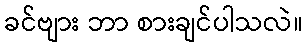
ခင်ဗျား ဘာ စားချင်ပါသလဲ။